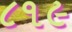
૮૧૯